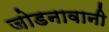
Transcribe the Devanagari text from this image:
जोडनावानी